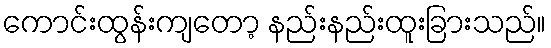
ကောင်းထွန်းကျတော့ နည်းနည်းထူးခြားသည်။